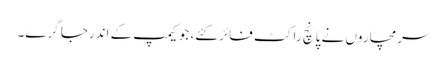
سرمچاروں نے پانچ راکٹ فائر کئے، جو کیمپ کے اندرجا گرے۔